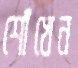
শোঁখেন